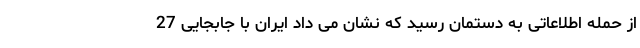
از حمله اطلاعاتی به دستمان رسید که نشان می داد ایران با جابجایی 27